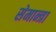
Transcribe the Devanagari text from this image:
सेमान्त्रा